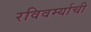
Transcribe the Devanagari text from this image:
रविवर्म्याची